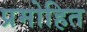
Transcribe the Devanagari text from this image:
प्रमोहित